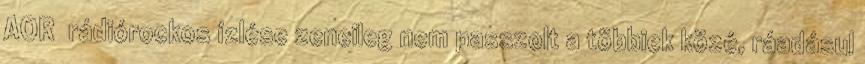
AOR rádiórockos ízlése zeneileg nem passzolt a többiek közé, ráadásul